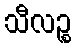
သီလဉ္စ